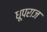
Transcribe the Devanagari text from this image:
धूपराज